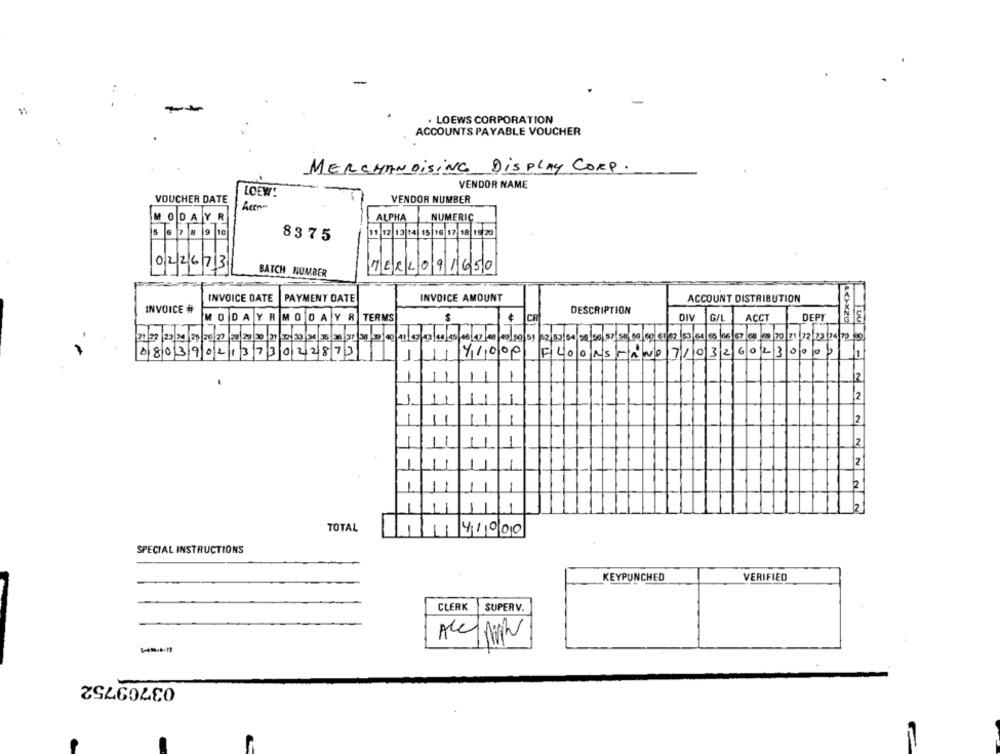
. LOEWS CORPORATION
ACCOUNTS PAYABLE VOUCHER
MERCHANDISING DISPLAY CORP.
VENDOR NAME
LOEW!
VOUCHER DATE
VENDOR NUMBER
MODAYR
ALPHA
NUMERIC
11/12/12/14 15 18 17 18 12 20
8375
022673
BATCH NUMBER
MERLO91650
INVOICE DATE
PAYMENT DATE
INVOICE AMOUNT
ACCOUNT DISTRIBUTION
INVOICE #
DESCRIPTION
MODAYR
MODAY R TERMS
DIV
G/L
ACCT
DEPT
100
ITT
21 22 23 24 25 20 27 28 29 30
66 67 68 69 70 71 72 23 24 70 9
08039021373022872
41000 FLOORSTAND
7/
03
260
23
0
-
2
2
-
2
2
2
TOTAL
41000
SPECIAL INSTRUCTIONS
KEYPUNCHED
VERIFIED
CLERK
SUPERV.
03709752